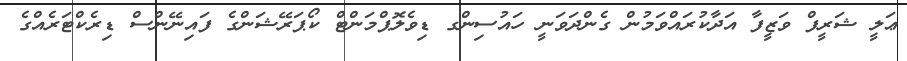
ޢަލީ ޝަރީފް ވަޒީފާ އަދާކުރައްވަމުން ގެންދަވަނީ ހައުސިންގ ޑިވެލޮޕްމަންޓް ކޯޕަރޭޝަންގެ ފައިނޭންސް ޑިރެކްޓަރެއްގެ